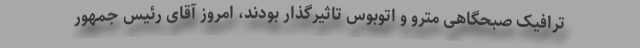
ترافیک صبحگاهی مترو و اتوبوس تاثیرگذار بودند، امروز آقای رئیس جمهور